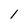
Character: I